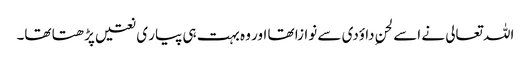
اللہ تعالی نے اسے لحنِ داؤدی سے نوازا تھا اور وہ بہت ہی پیار ی نعتیں پڑھتا تھا۔